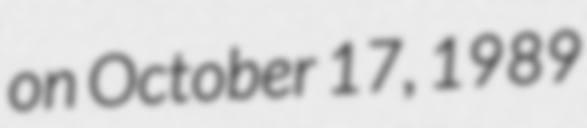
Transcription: on October 17, 1989